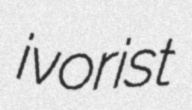
ivorist